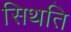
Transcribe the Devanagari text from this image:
सिथति